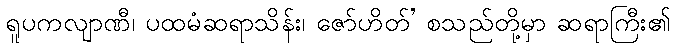
ရူပကလျာဏီ၊ ပထမံဆရာသိန်း၊ ဇော်ဟိတ်’ စသည်တို့မှာ ဆရာကြီး၏